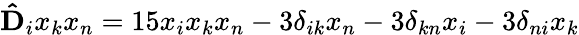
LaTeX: \mathbf{\hat{D}}_{i}x_{k}x_{n}=15x_{i}x_{k}x_{n}-3\delta_{ik}x_{n}-3\delta_{kn}x_{i}-3\delta_{ni}x_{k}